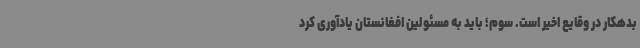
بدهکار در وقایع اخیر است. سوم؛ باید به مسئولین افغانستان یادآوری کرد